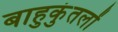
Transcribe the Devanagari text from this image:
बाहुकुंतलों